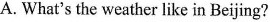
A. What's the weather like in Beijing?